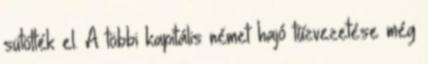
sütötték el. A többi kapitális német hajó tűzvezetése még